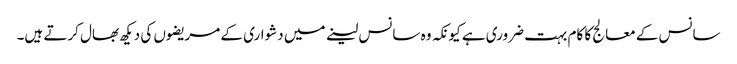
سانس کے معالج کا کام بہت ضروری ہے کیونکہ وہ سانس لینے میں دشواری کے مریضوں کی دیکھ بھال کرتے ہیں۔